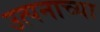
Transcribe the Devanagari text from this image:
उत्पनाच्या